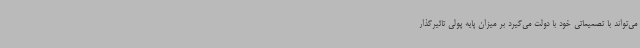
می‌تواند با تصمیماتی خود با دولت می‌گیرد بر میزان پایه پولی تاثیرگذار